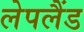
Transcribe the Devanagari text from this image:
लेपलैंड